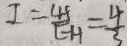
I = \frac { 4 5 } { E H } = \frac { 4 } { 3 }